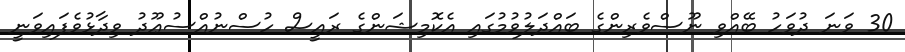
30 ވަނަ ދުވަހު ބޭއްވި ނޫސްވެރިންގެ ބައްދަލުވުމުގައި އެކޮމިޝަންގެ ރައީސް ހުސްނުއްސުޢޫދު ވިދާޅުވެފައިވަނީ